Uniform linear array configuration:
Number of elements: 4
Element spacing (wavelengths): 0.5
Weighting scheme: hann
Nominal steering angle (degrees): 0
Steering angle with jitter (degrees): -0.1606
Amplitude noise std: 0.05
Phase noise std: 0.05

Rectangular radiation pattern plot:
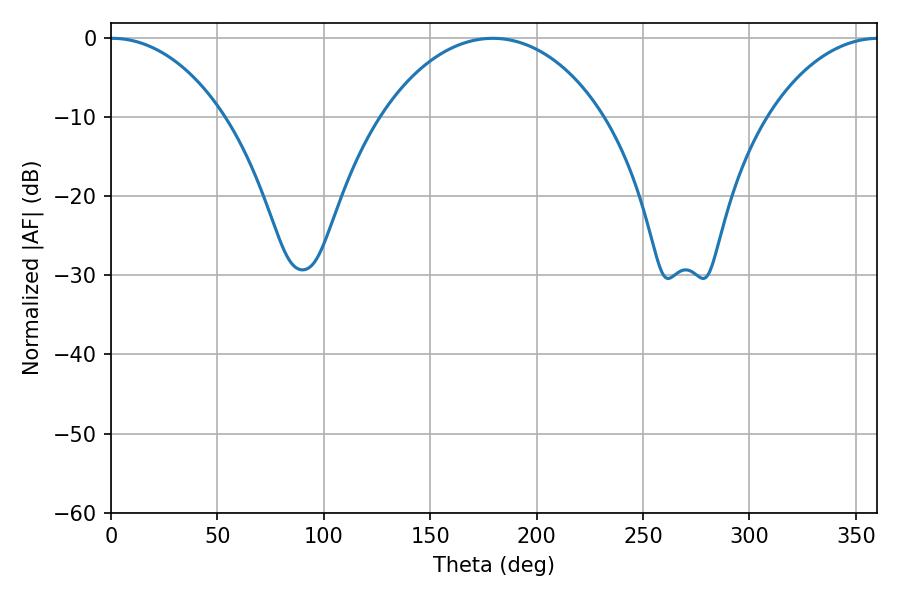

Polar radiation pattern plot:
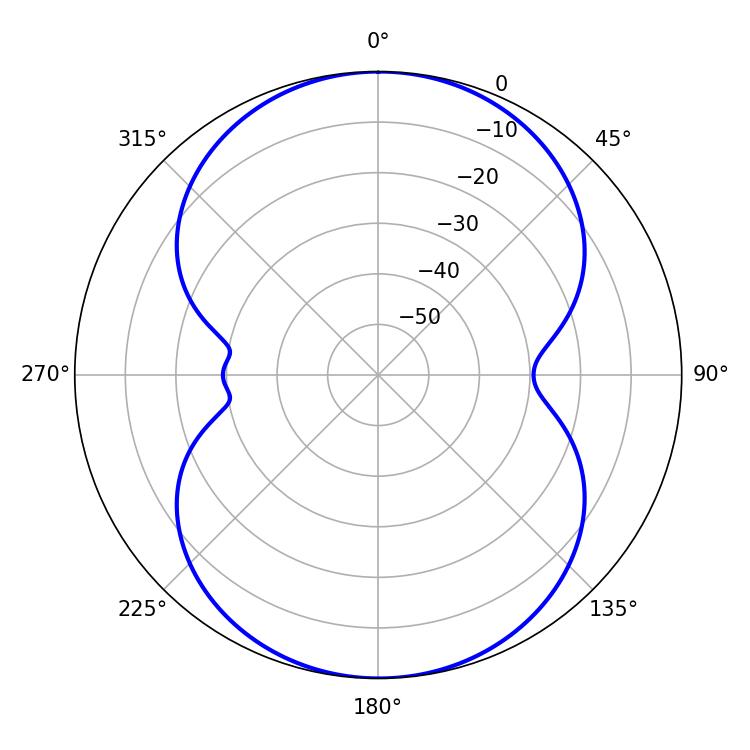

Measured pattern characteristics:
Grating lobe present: FALSE
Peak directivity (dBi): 18.411
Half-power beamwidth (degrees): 30.6
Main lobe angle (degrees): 0.54